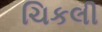
ચિકલી